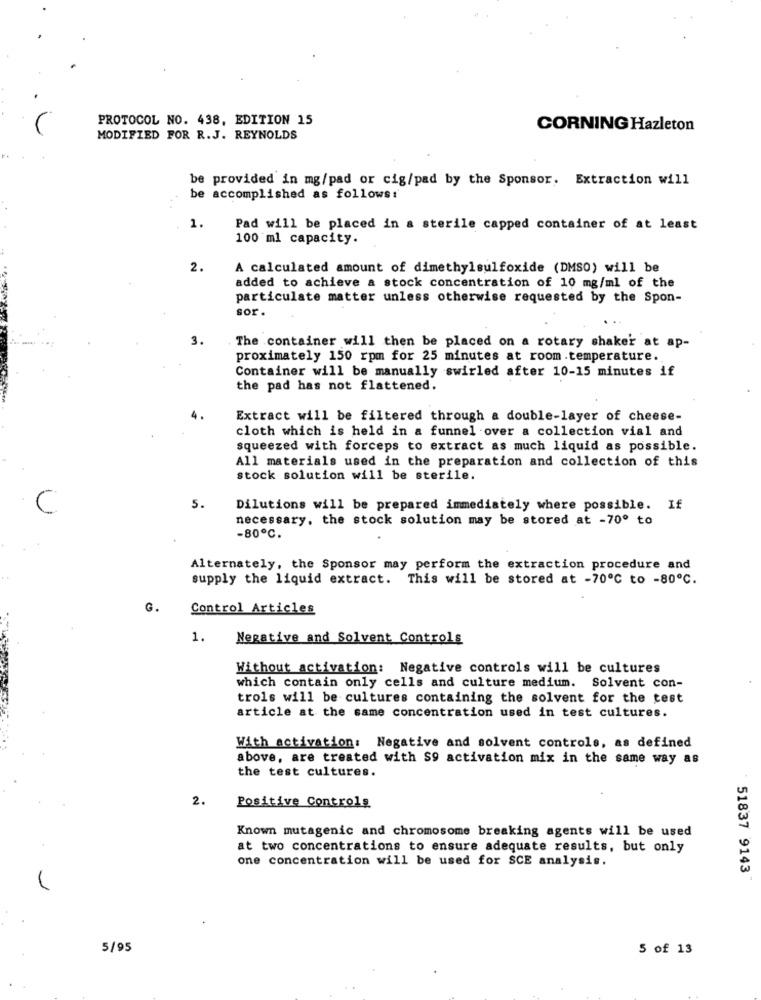
PROTOCOL NO. 438, EDITION 15
CORNING Hazleton
MODIFIED FOR R.J. REYNOLDS
be provided in mg/pad or cig/pad by the Sponsor. Extraction will
be accomplished as follows:
1.
Pad will be placed in a sterile capped container of at least
100 ml capacity.
2.
A calculated amount of dimethylsulfoxide (DMSO) will be
added to achieve a stock concentration of 10 mg/ml of the
particulate matter unless otherwise requested by the Spon-
sor.
3.
The container will then be placed on a rotary shaker at ap-
proximately 150 rpm for 25 minutes at room temperature.
Container will be manually swirled after 10-15 minutes if
the pad has not flattened.
Extract will be filtered through a double-layer of cheese-
cloth which is held in a funnel over a collection vial and
squeezed with forceps to extract as much liquid as possible.
All materials used in the preparation and collection of this
stock solution will be sterile.
5.
Dilutions will be prepared immediately where possible. If
necessary. the stock solution may be stored at -70º to
-80℃.
Alternately, the Sponsor may perform the extraction procedure and
supply the liquid extract. This will be stored at -70℃ to -80℃.
G.
Control Articles
1.
Negative and Solvent Controls
Without activation: Negative controls will be cultures
which contain only cells and culture medium. Solvent con-
trois will be cultures containing the solvent for the test
article at the same concentration used in test cultures.
With activation: Negative and solvent controls, as defined
above, are treated with $9 activation mix in the same way as
the test cultures.
2.
Positive Controls
Known mutagenic and chromosome breaking agents will be used
at two concentrations to ensure adequate results, but only
one concentration will be used for SCE analysis.
51837 9143"
5/95
5 of 13